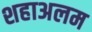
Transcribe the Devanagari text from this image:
शहाअलम